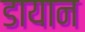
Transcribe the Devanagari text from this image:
डायान